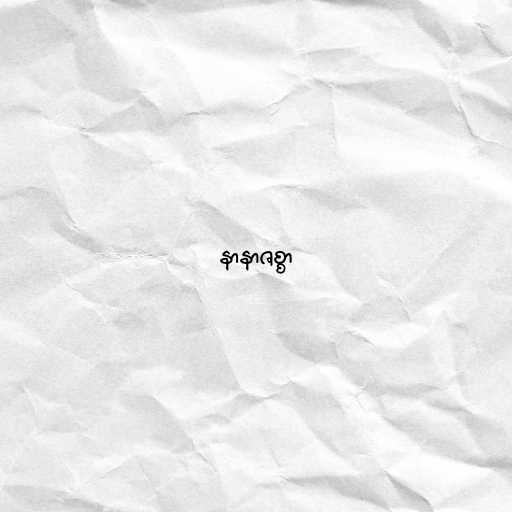
နာနာဇစ္စာ